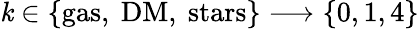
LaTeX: \mathit{k}\in\{ \mathrm{{gas,~DM,~stars}}\} \longrightarrow\{ 0,1,4\}